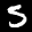
Digit: 5